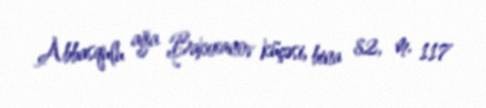
Abbasqulu ağa Bakıxanov küçəsi, bina 82, m. 117